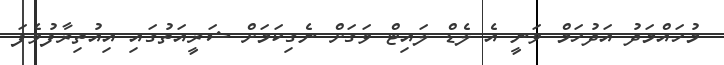
މުހައްމަދު އަދުހަމް ވަނީ އެ ލެޑް ލައިޓް ވަގަަށް ނެގިކަމަށް ޝަރީއަތުގައި އިއުތިރާފުވެފަ